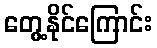
တွေ့နိုင်ကြောင်း